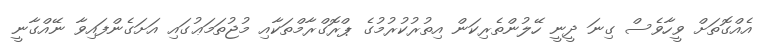
އެއްގޮތަށް ވީހާވެސް ގިނަ ދީނީ ހޭލުންތެރިކަން އިތުރުކުރުމުގެ ޕްރޮގްރާމްތަކާއި މުޖުތަމަޢުގައި އަށަގެންފައިވާ ނޭއްގާނީ